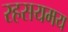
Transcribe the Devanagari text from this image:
रहसयमय